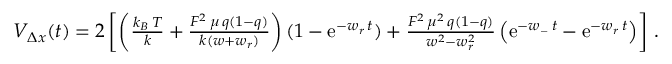
\begin{array} { r } { { \cal V } _ { \Delta x } ( t ) = 2 \left[ \left( \frac { k _ { B } \, T } { k } + \frac { { \cal F } ^ { 2 } \, \mu \, q ( 1 - q ) } { k ( w + w _ { r } ) } \right) ( 1 - \mathrm { e } ^ { - w _ { r } \, t } ) + \frac { { \cal F } ^ { 2 } \, \mu ^ { 2 } \, q ( 1 - q ) } { w ^ { 2 } - w _ { r } ^ { 2 } } \left( \mathrm { e } ^ { - w _ { - } \, t } - \mathrm { e } ^ { - w _ { r } \, t } \right) \right] \, . } \end{array}